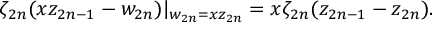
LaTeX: \zeta _ { 2 n } ( x z _ { 2 n - 1 } - w _ { 2 n } ) | _ { w _ { 2 n } = x z _ { 2 n } } = x \zeta _ { 2 n } ( z _ { 2 n - 1 } - z _ { 2 n } ) .